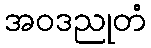
အဝဒညုတံ